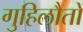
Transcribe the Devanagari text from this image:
गुहिलौतों